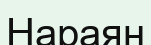
Нараян